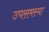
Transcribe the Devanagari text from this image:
उपसमस्या